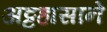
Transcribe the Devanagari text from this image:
अट्टहासाने